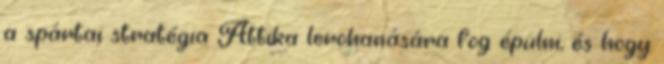
a spártai stratégia Attika lerohanására fog épülni, és hogy